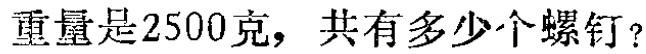
重量是2500克，共有多少个螺钉？